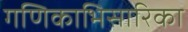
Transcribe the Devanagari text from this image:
गणिकाभिसारिका